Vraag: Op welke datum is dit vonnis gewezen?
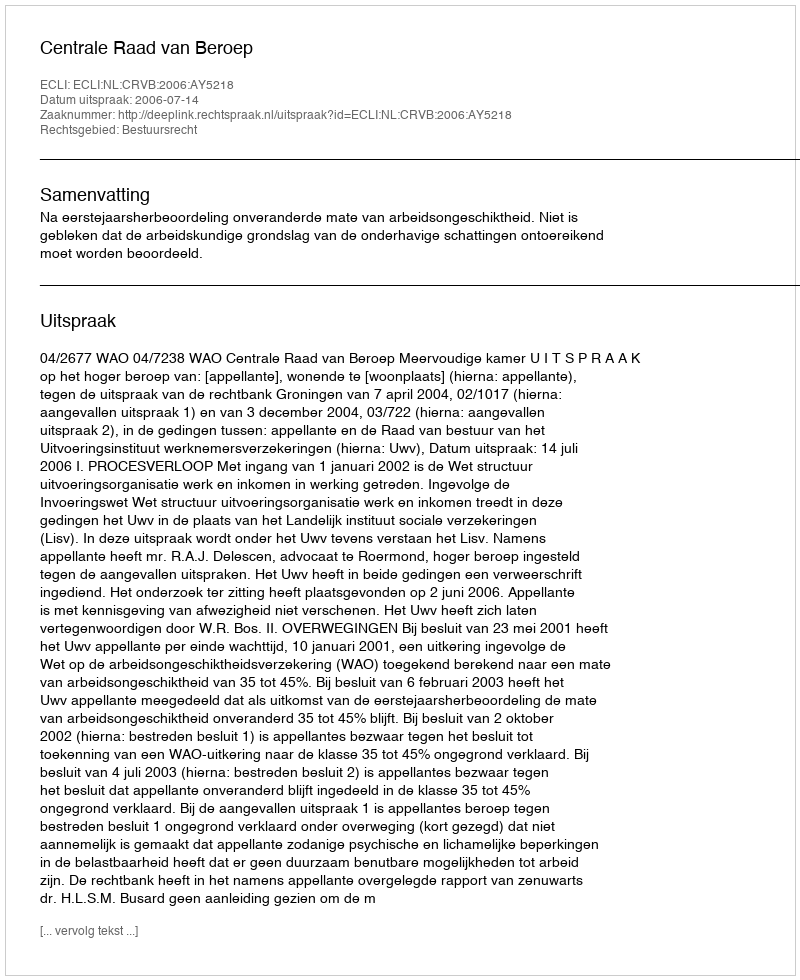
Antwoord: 2006-07-14